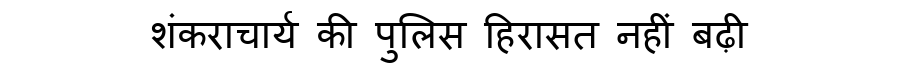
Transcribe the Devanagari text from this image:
शंकराचार्य की पुलिस हिरासत नहीं बढ़ी